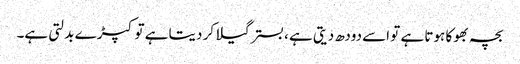
بچہ بھوکا ہوتا ہے تو اسے دودھ دیتی ہے ، بستر گیلا کر دیتا ہے تو کپڑ ے بدلتی ہے۔